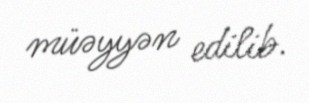
müəyyən edilib.